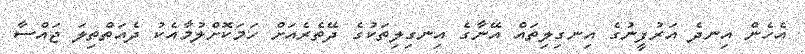
އެހެން އިނދެ އަރުފީނުގެ އިނގިލިތައް އޭނާގެ އިނގިލިތަކުގެ ދޭތެރެއަށް ހަމަކޮށްލުމާއެކު ދެއަތްތިލަ ޖައްސާ